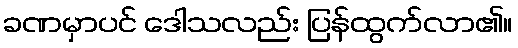
ခဏမှာပင် ဒေါသလည်း ပြန်ထွက်လာ၏။